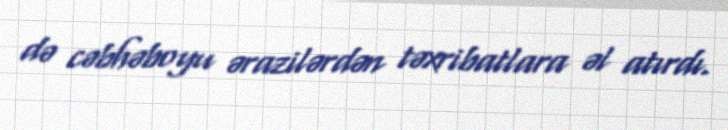
də cəbhəboyu ərazilərdən təxribatlara əl atırdı.